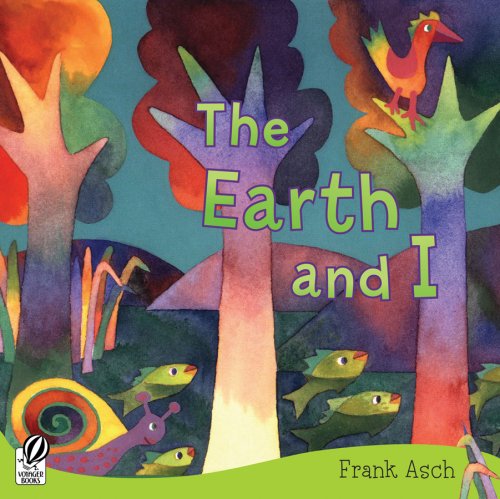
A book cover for The Earth and I; Frank Asch; Children's Books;